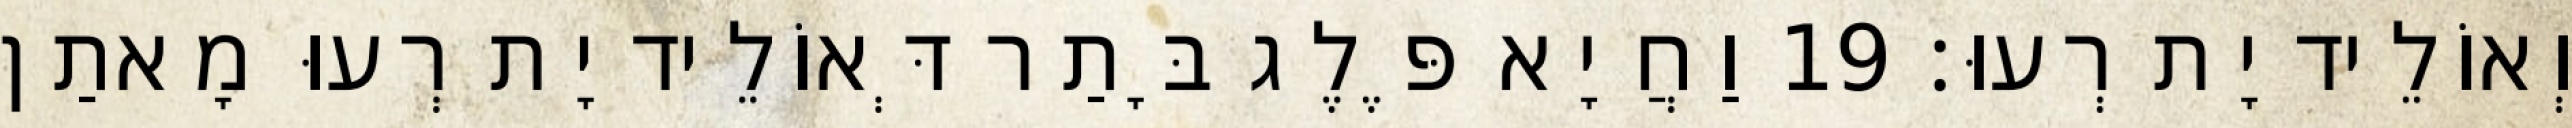
וְאוֹלֵיד יָת רְעוּ׃ 19 וַחֲיָא פֶּלֶג בָּתַר דְּאוֹלֵיד יָת רְעוּ מָאתַן